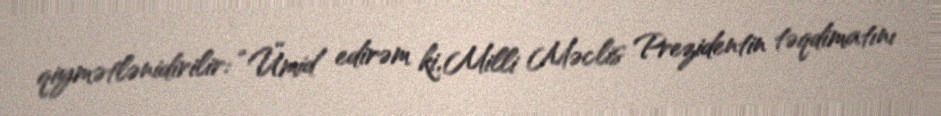
qiymətlənidirilir: “Ümid edirəm ki, Milli Məclis Prezidentin təqdimatını